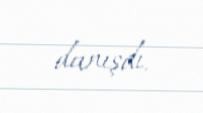
danışdı.